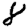
Digit: 8